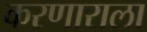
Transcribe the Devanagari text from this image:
करणाराला